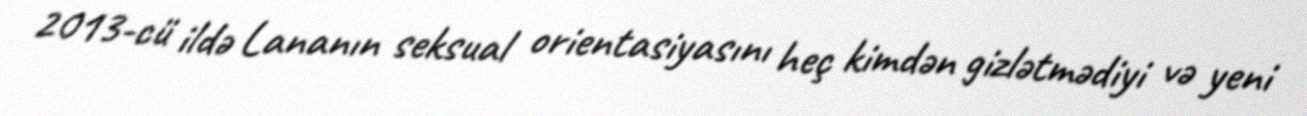
2013-cü ildə Lananın seksual orientasiyasını heç kimdən gizlətmədiyi və yeni